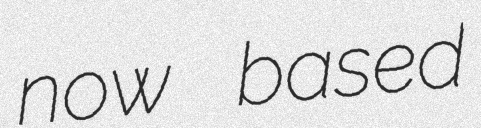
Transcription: now based